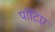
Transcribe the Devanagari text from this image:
पॉटिए